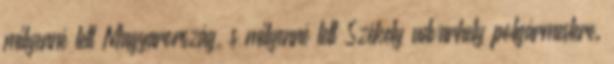
milyenné lett Magyarország, s milyenné lett Székely udvarhely polgármestere.